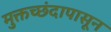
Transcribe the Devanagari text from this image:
मुक्तच्‍छंदापासून